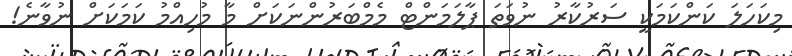
މިކަހަލަ ކަންކަމަކީ ސަރުކާރު ނުވަތަ ޕާލަމަންޓް މެމްބަރުންނަކަށް މާ މުހިއްމު ކަމަކަށް ނުވާނެ!